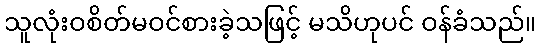
သူလုံးဝစိတ်မဝင်စားခဲ့သဖြင့် မသိဟုပင် ဝန်ခံသည်။